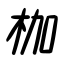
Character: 枷